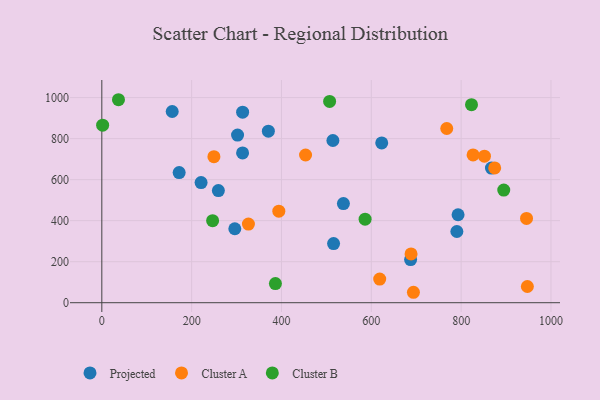
{"axis": {"x": "Ad Spend", "y": "Yield"}, "legend": ["Cluster A", "Cluster B", "Projected"], "data": [{"x": "313.4", "y": 730.2, "type": "Projected"}, {"x": "172.2", "y": 634.4, "type": "Projected"}, {"x": "537.9", "y": 483.5, "type": "Projected"}, {"x": "790.5", "y": 347.2, "type": "Projected"}, {"x": "516.0", "y": 288.3, "type": "Projected"}, {"x": "623.2", "y": 778.9, "type": "Projected"}, {"x": "867.5", "y": 656.5, "type": "Projected"}, {"x": "259.5", "y": 546.6, "type": "Projected"}, {"x": "514.5", "y": 791.0, "type": "Projected"}, {"x": "302.2", "y": 817.2, "type": "Projected"}, {"x": "296.1", "y": 360.7, "type": "Projected"}, {"x": "793.2", "y": 428.8, "type": "Projected"}, {"x": "687.5", "y": 210.4, "type": "Projected"}, {"x": "156.7", "y": 932.2, "type": "Projected"}, {"x": "221.0", "y": 585.6, "type": "Projected"}, {"x": "370.8", "y": 836.6, "type": "Projected"}, {"x": "313.5", "y": 929.2, "type": "Projected"}, {"x": "693.8", "y": 50.9, "type": "Cluster A"}, {"x": "249.6", "y": 711.8, "type": "Cluster A"}, {"x": "688.5", "y": 238.1, "type": "Cluster A"}, {"x": "768.0", "y": 849.4, "type": "Cluster A"}, {"x": "851.9", "y": 714.4, "type": "Cluster A"}, {"x": "947.5", "y": 79.1, "type": "Cluster A"}, {"x": "826.6", "y": 720.5, "type": "Cluster A"}, {"x": "394.1", "y": 446.1, "type": "Cluster A"}, {"x": "453.6", "y": 720.1, "type": "Cluster A"}, {"x": "945.6", "y": 411.2, "type": "Cluster A"}, {"x": "326.4", "y": 383.5, "type": "Cluster A"}, {"x": "874.7", "y": 657.4, "type": "Cluster A"}, {"x": "618.7", "y": 115.5, "type": "Cluster A"}, {"x": "823.1", "y": 965.4, "type": "Cluster B"}, {"x": "246.7", "y": 399.9, "type": "Cluster B"}, {"x": "586.2", "y": 407.2, "type": "Cluster B"}, {"x": "1.8", "y": 865.5, "type": "Cluster B"}, {"x": "894.9", "y": 549.2, "type": "Cluster B"}, {"x": "386.5", "y": 93.2, "type": "Cluster B"}, {"x": "507.2", "y": 981.6, "type": "Cluster B"}, {"x": "37.1", "y": 989.7, "type": "Cluster B"}]}